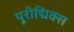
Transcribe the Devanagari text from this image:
यूरीद्मिक्स